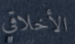
الأخلاقي